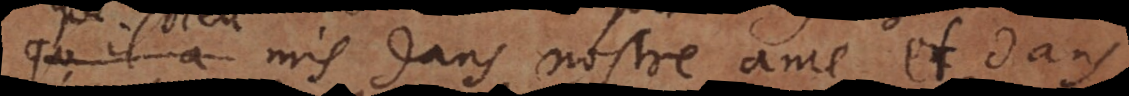
que Dieu a mis[es] dans nostre ame, et dans